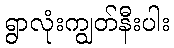
ရွာလုံးကျွတ်နီးပါး